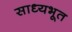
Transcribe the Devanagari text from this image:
साध्यभूत